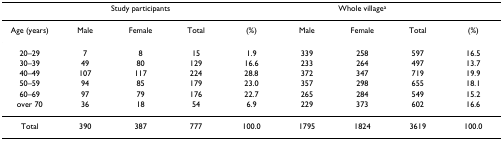
<table><thead><tr><td></td><td colspan="3"><b>Study participants</b></td><td></td><td colspan="3"><b>Whole village<sup>a</sup></b></td><td></td></tr></thead><tbody><tr><td>Age (years)</td><td>Male</td><td>Female</td><td>Total</td><td>(%)</td><td>Male</td><td>Female</td><td>Total</td><td>(%)</td></tr><tr><td>20–29</td><td>7</td><td>8</td><td>15</td><td>1.9</td><td>339</td><td>258</td><td>597</td><td>16.5</td></tr><tr><td>30–39</td><td>49</td><td>80</td><td>129</td><td>16.6</td><td>233</td><td>264</td><td>497</td><td>13.7</td></tr><tr><td>40–49</td><td>107</td><td>117</td><td>224</td><td>28.8</td><td>372</td><td>347</td><td>719</td><td>19.9</td></tr><tr><td>50–59</td><td>94</td><td>85</td><td>179</td><td>23.0</td><td>357</td><td>298</td><td>655</td><td>18.1</td></tr><tr><td>60–69</td><td>97</td><td>79</td><td>176</td><td>22.7</td><td>265</td><td>284</td><td>549</td><td>15.2</td></tr><tr><td>over 70</td><td>36</td><td>18</td><td>54</td><td>6.9</td><td>229</td><td>373</td><td>602</td><td>16.6</td></tr><tr><td>Total</td><td>390</td><td>387</td><td>777</td><td>100.0</td><td>1795</td><td>1824</td><td>3619</td><td>100.0</td></tr></tbody></table>